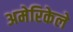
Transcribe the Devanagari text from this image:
अमेरिकेले